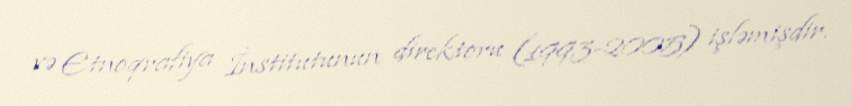
və Etnoqrafiya İnstitutunun direktoru (1993-2005) işləmişdir.